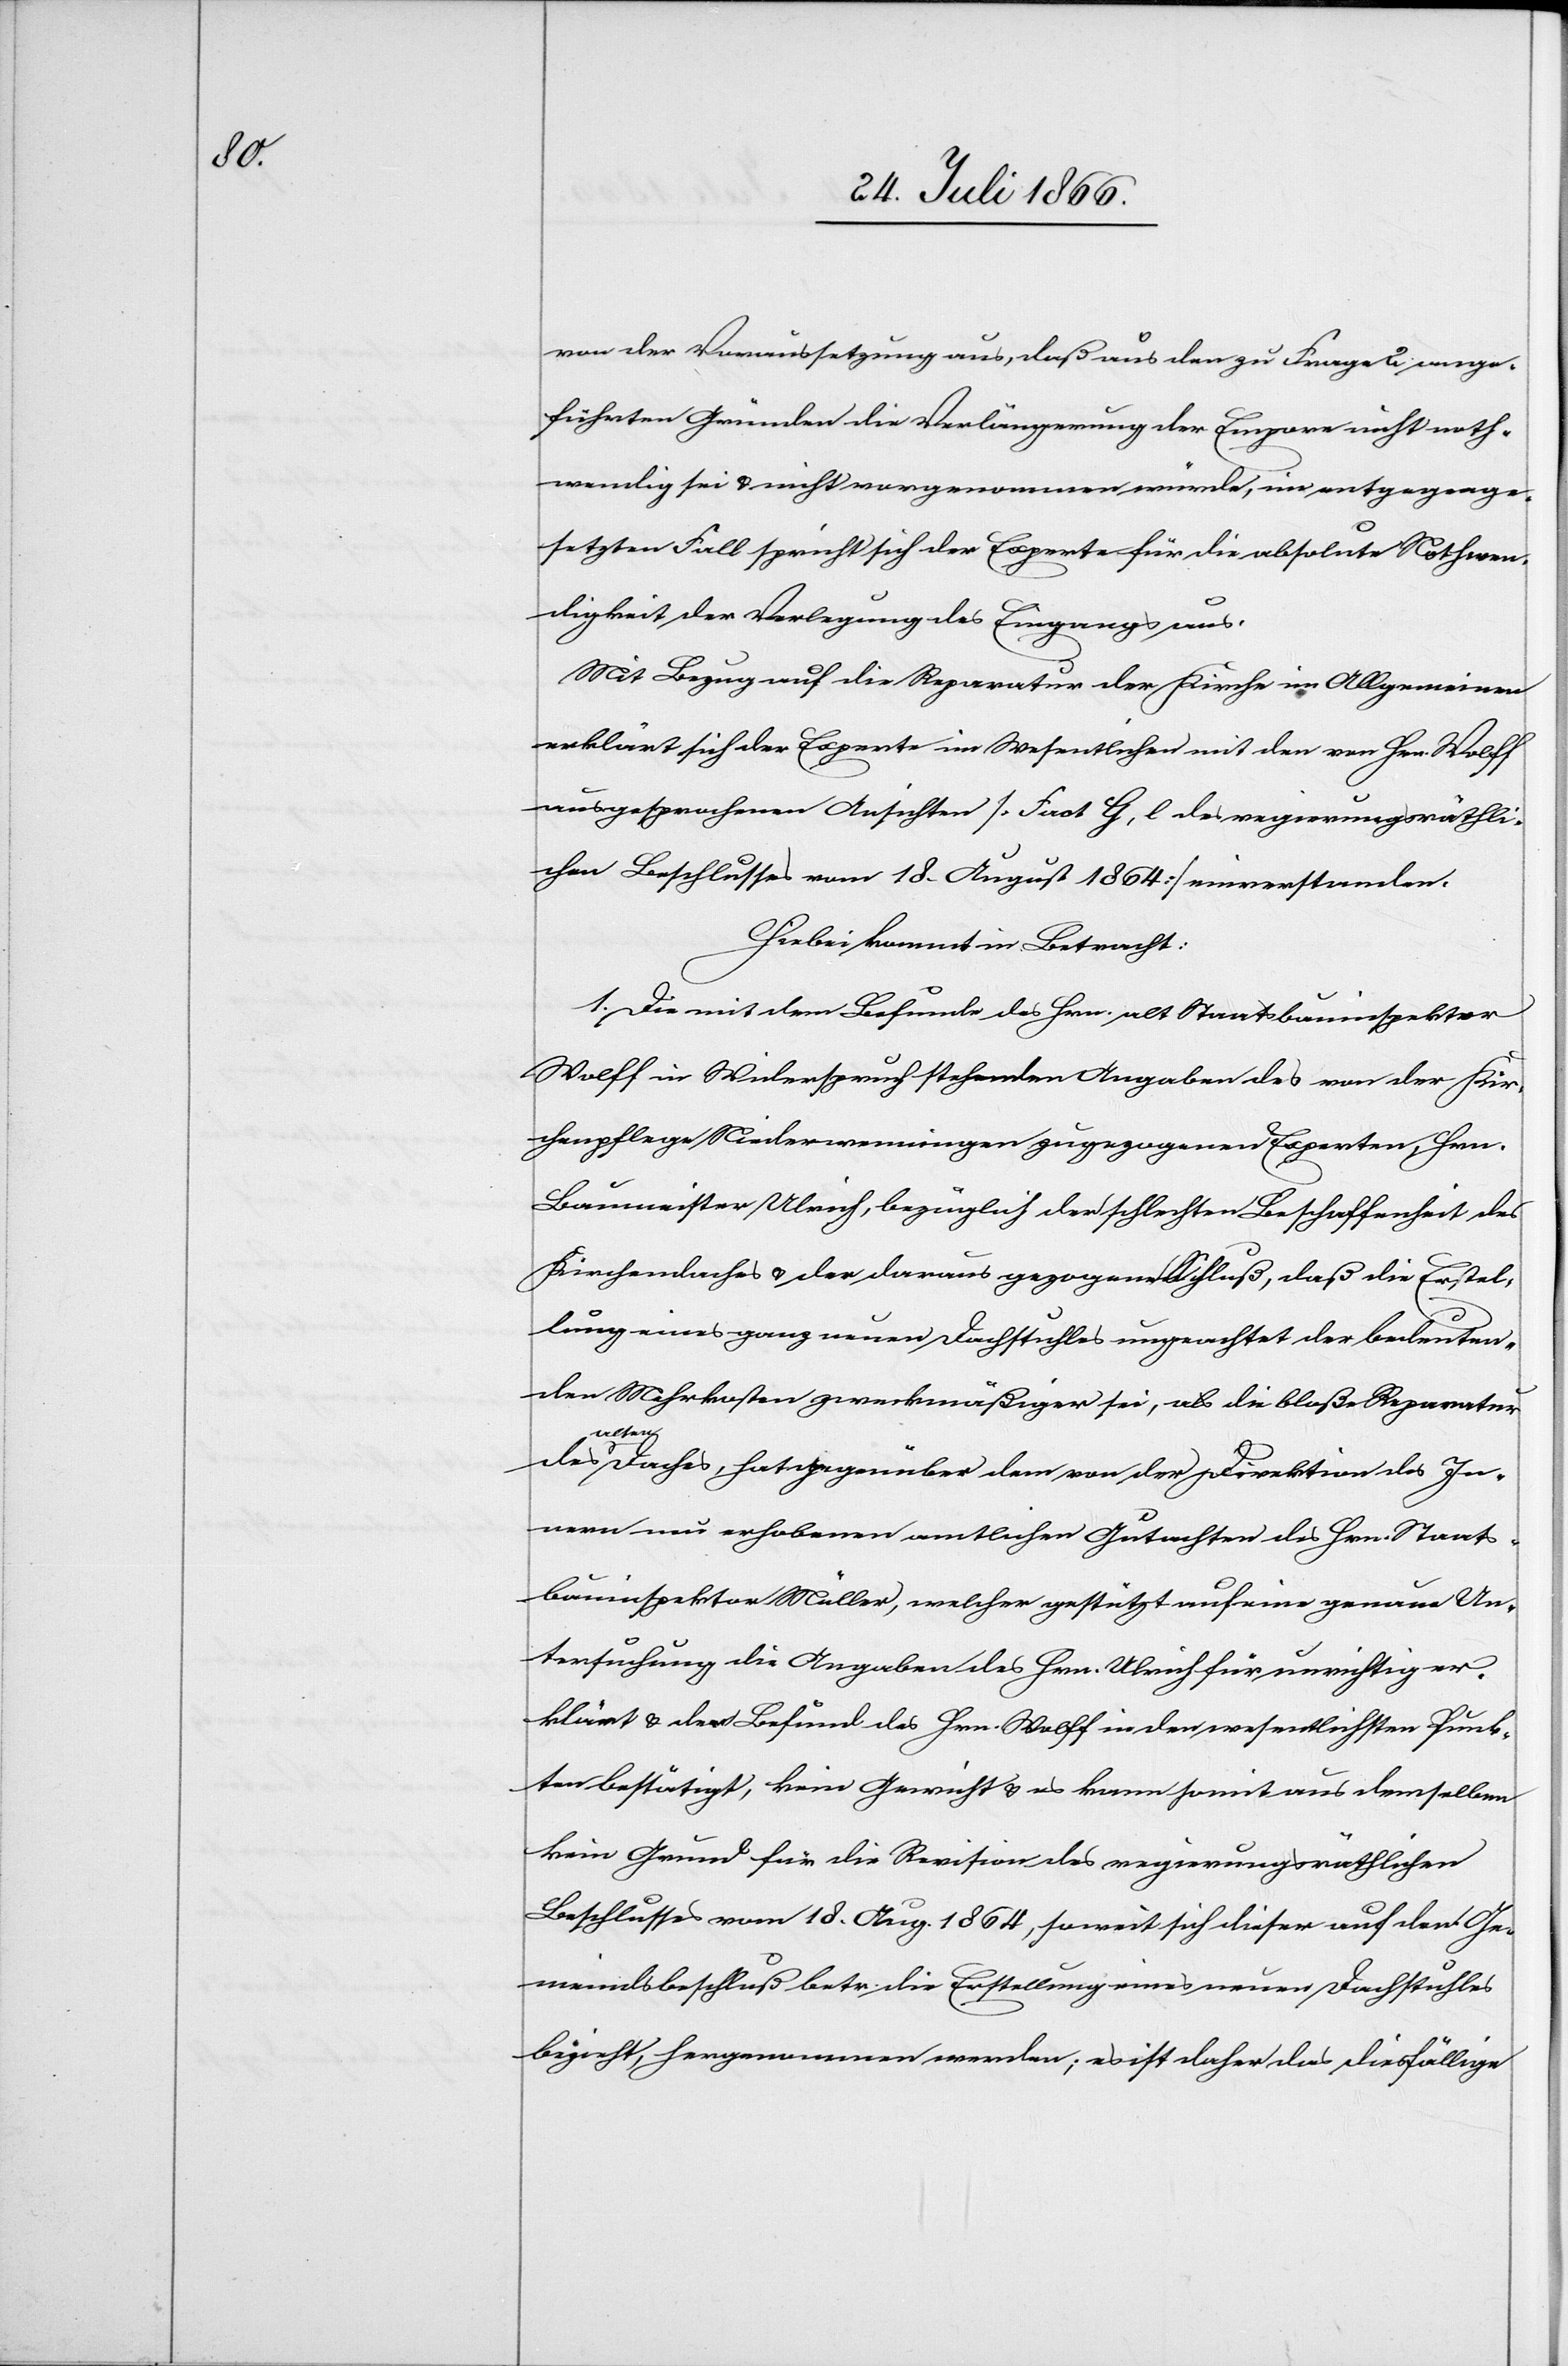
von der Voraussetzung aus, daß aus den zu Frage 2 ange¬
führten Gründen die Verlängerung der Empore nicht noth¬
wendig sei u. nichts vorgenommen würde, im entgegenge¬
setzten Fall spricht sich der Experte für die absolute Nothwen¬
digkeit der Verlegung des Eingangs aus.
Mit Bezug auf die Reparatur der Kirche im Allgemeinen
erklärt sich der Experte im Wesentlichen mit den von Hrn. Wolff
ausgesprochenen Ansichten [G, b des regierungsräthli¬
chen Beschlusses vom 18. August 1864] einverstanden.
Hiebei kommt in Betracht:
1. Die mit dem Befunde des Hrn. alt Staatsbauinspektor
Wolff in Widerspruch stehenden Angaben des von der Kir¬
chenpflege Niederwenningen zugezogenen Experten, Hrn.
Baumeister Ulrich, bezüglich der schlechten Beschaffenheit des
Kirchendaches u. der daraus gezogene Schluß, daß die Erstel¬
lung eines ganz neuen Dachstuhles ungeachtet der bedeuten¬
den Mehrkosten zweckmäßiger sei, als die bloße Reparatur
alten
Daches, hat gegenüber dem von der Direktion des In¬
nern neu erhobenen amtlichen Gutachten des Hrn. Staats¬
bauinspektor Müller, welcher gestützt auf eine genaue Un¬
tersuchung die Angaben des Hrn. Ulrich für unrichtig er¬
klärt u. den Befund des Hrn. Wolff in den wesentlichen Punk¬
ten bestätigt, kein Gewicht u. es kann somit aus demselben
kein Grund für die Revision des regierungsräthlichen
Beschlusses vom 18. Aug. 1864, soweit sich dieser auf den Ge¬
meindsbeschluß betr. die Erstellung eines neuen Dachstuhles
bezieht, hergenommen werden; es ist daher das diesfällige